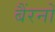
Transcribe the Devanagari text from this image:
बैंरनों